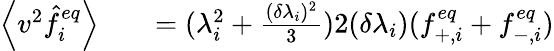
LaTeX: \begin{array}{rlr}{\left\langle v^{2}\hat{f}_{i}^{eq}\right\rangle}&{{}}&{=(\lambda_{i}^{2}+\frac{(\delta\lambda_{i})^{2}}{3})2(\delta\lambda_{i})(f_{+,i}^{eq}+f_{-,i}^{eq})}\end{array}